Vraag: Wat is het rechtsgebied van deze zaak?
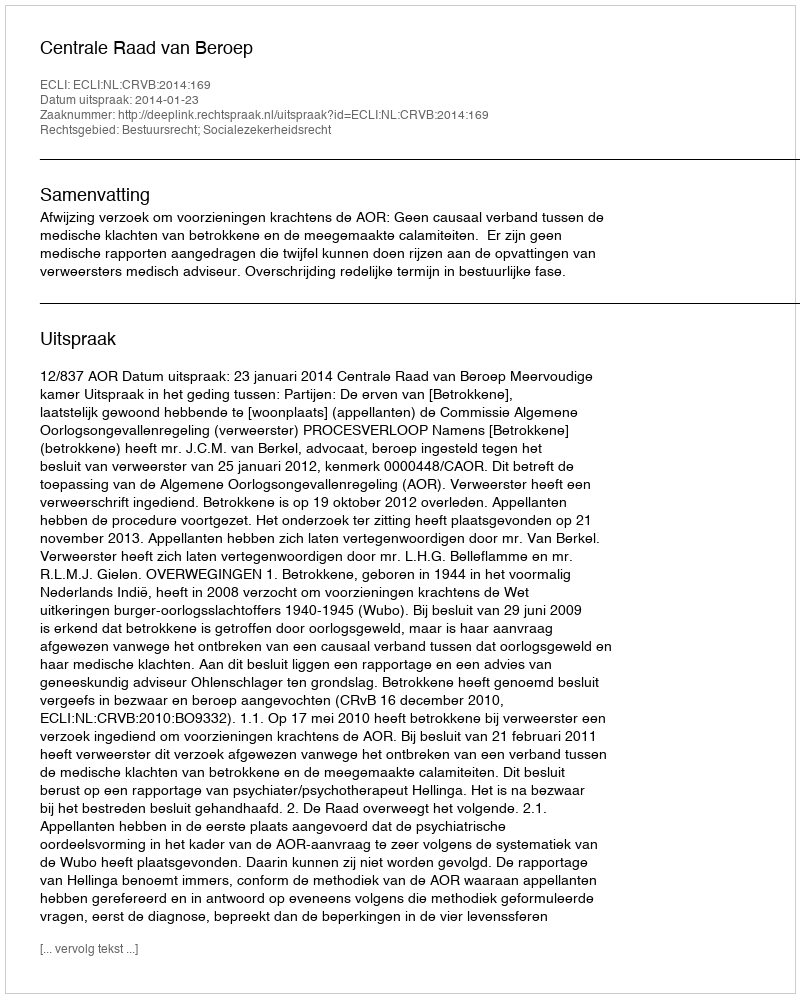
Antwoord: Bestuursrecht; Socialezekerheidsrecht